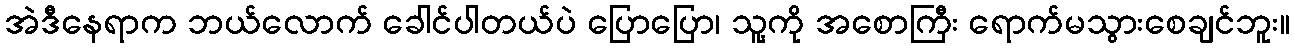
အဲဒီနေရာက ဘယ်လောက် ခေါင်ပါတယ်ပဲ ပြောပြော၊ သူ့ကို အစောကြီး ရောက်မသွားစေချင်ဘူး။